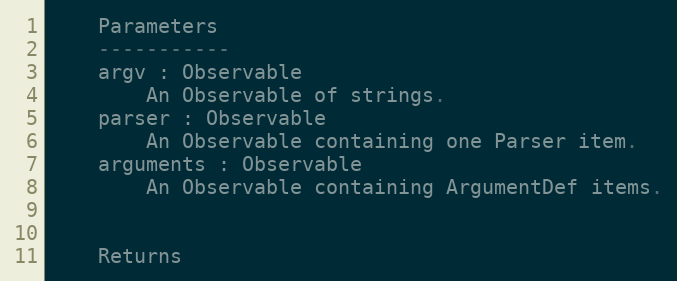
Language: Python
    Parameters
    -----------
    argv : Observable
        An Observable of strings.
    parser : Observable
        An Observable containing one Parser item.
    arguments : Observable
        An Observable containing ArgumentDef items.

    Returns